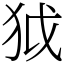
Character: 狘